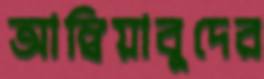
আম্বিয়াবুদের